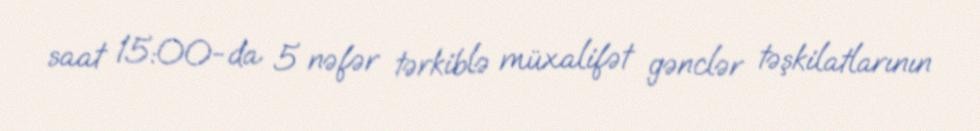
saat 15:00-da 5 nəfər tərkiblə müxalifət gənclər təşkilatlarının